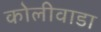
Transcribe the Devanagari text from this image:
कोलीवाडा